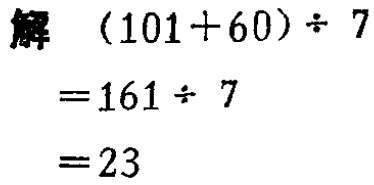
解 \((101 + 60) \div 7\)

\(= 161 \div 7\)

\(= 23\)